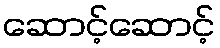
ဆောင့်ဆောင့်